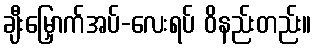
ချီးမြှောက်အပ်-လေးရပ် ဝိနည်းတည်း။